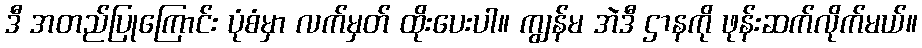
ဒီ အတည်ပြုကြောင်း ပုံစံမှာ လက်မှတ် ထိုးပေးပါ။ ကျွန်မ အဲဒီ ဌာနကို ဖုန်းဆက်လိုက်မယ်။